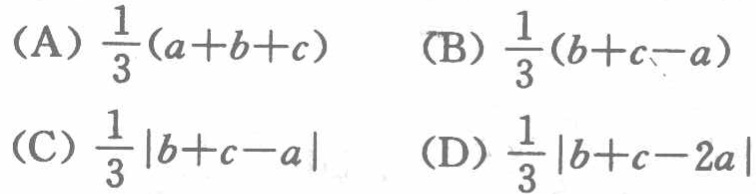
(A) \(\frac{1}{3}(a + b + c)\)  (B) \(\frac{1}{3}(b + c - a)\)
(C) \(\frac{1}{3}|b + c - a|\)  (D) \(\frac{1}{3}|b + c - 2a|\)